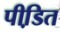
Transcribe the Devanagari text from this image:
पीडि़त